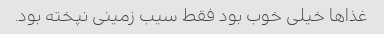
غذا‌ها خیلی خوب بود فقط سیب زمینی نپخته بود.